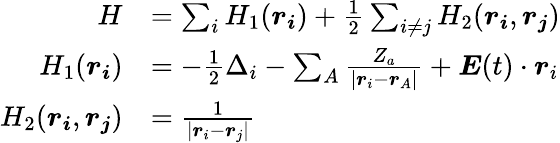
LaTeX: \begin{array}{rl}{H}&{=\sum_{i}H_{1}(\boldsymbol{r_{i}})+\frac{1}{2}\sum_{i\neq j}H_{2}(\boldsymbol{r_{i}},\boldsymbol{r_{j}})}\\ {H_{1}(\boldsymbol{r_{i}})}&{=-\frac{1}{2}\Delta_{i}-\sum_{A}\frac{Z_{a}}{|\boldsymbol{r}_{i}-\boldsymbol{r}_{A}|}+\boldsymbol{E}(t)\cdot\boldsymbol{r}_{i}}\\ {H_{2}(\boldsymbol{r_{i}},\boldsymbol{r_{j}})}&{=\frac{1}{|\boldsymbol{r}_{i}-\boldsymbol{r}_{j}|}}\end{array}